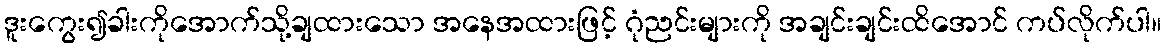
ဒူးကွေး၍ခါးကိုအောက်သို့ချထားသော အနေအထားဖြင့် ဂုံညင်းများကို အချင်းချင်းထိအောင် ကပ်လိုက်ပါ။